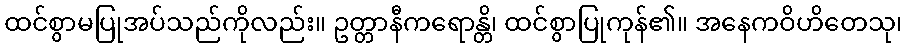
ထင်စွာမပြုအပ်သည်ကိုလည်း။ ဥတ္တာနီကရောန္တိ၊ ထင်စွာပြုကုန်၏။ အနေကဝိဟိတေသု၊